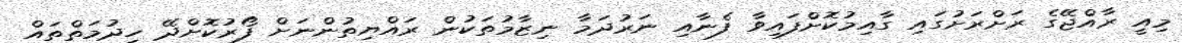
މިއީ ރާއްޖޭގެ ރަށްރަށުގައި ގާއިމުކޮށްފައިވާ ފެނާއި ނަރުދަމާ ނިޒާމުތަކުން ރައްޔިތުންނަށް ފޯރުކޮށްދޭ ހިދުމަތްތައް